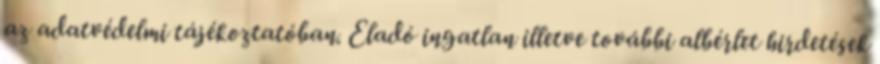
az adatvédelmi tájékoztatóban. Eladó ingatlan illetve további albérlet hirdetések